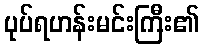
ပုပ်ရဟန်းမင်းကြီး၏